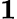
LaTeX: \boldsymbol{\mathrm{1}}